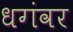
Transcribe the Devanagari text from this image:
धगंवर